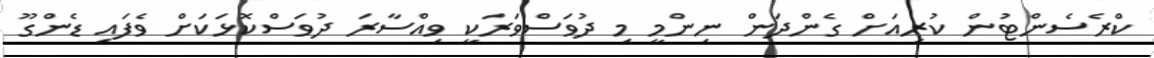
ކްރެސެންޓުން ކުރިއަށް ގެންދަން ނިންމީ މި ދުވަސްވަރަކީ ވިއްސާރަ ދުވަސްކޮޅަކަށް ވެފައި ޑެންގޫ